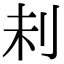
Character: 𠛐